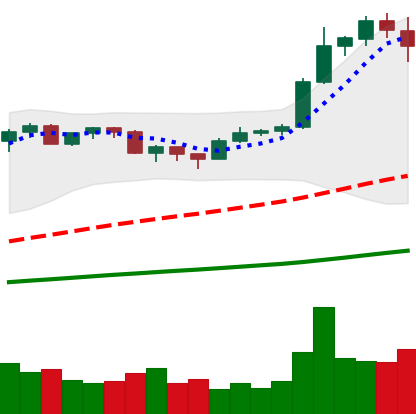
Ticker: BTC-USD
Chart end date: 2020-12-21
Forward return: 15.936%
Label: up_7plus